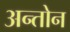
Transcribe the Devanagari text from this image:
अन्तोन